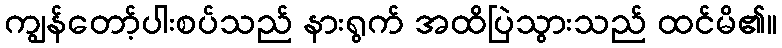
ကျွန်တော့်ပါးစပ်သည် နားရွက် အထိပြဲသွားသည် ထင်မိ၏။